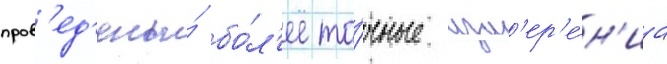
пров'ед'ены́ бо́л'ее то́чные изм'ер'е́н'иа